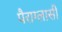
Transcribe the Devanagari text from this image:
पैराग्लासी